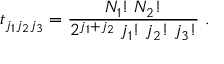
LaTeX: t _ { j _ { 1 } j _ { 2 } j _ { 3 } } = \frac { { N _ { 1 } } ! \; { N _ { 2 } } ! } { 2 ^ { j _ { 1 } + j _ { 2 } } \; { j _ { 1 } } ! \; { j _ { 2 } } ! \; { j _ { 3 } } ! } \; .